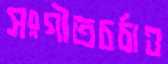
সংগীতচর্চাও